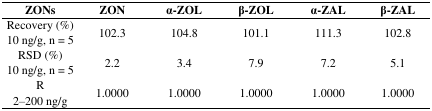
<table><thead><tr><td><b>ZONs</b></td><td><b>ZON</b></td><td><b>α-ZOL</b></td><td><b>β-ZOL</b></td><td><b>α-ZAL</b></td><td><b>β-ZAL</b></td></tr></thead><tbody><tr><td>Recovery (%)</td><td rowspan="2">102.3</td><td rowspan="2">104.8</td><td rowspan="2">101.1</td><td rowspan="2">111.3</td><td rowspan="2">102.8</td></tr><tr><td>10 ng/g, n = 5</td></tr><tr><td>RSD (%)</td><td rowspan="2">2.2</td><td rowspan="2">3.4</td><td rowspan="2">7.9</td><td rowspan="2">7.2</td><td rowspan="2">5.1</td></tr><tr><td>10 ng/g, n = 5</td></tr><tr><td>R</td><td rowspan="2">1.0000</td><td rowspan="2">1.0000</td><td rowspan="2">1.0000</td><td rowspan="2">1.0000</td><td rowspan="2">1.0000</td></tr><tr><td>2–200 ng/g</td></tr></tbody></table>